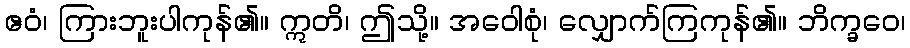
ဧဝံ၊ ကြားဘူးပါကုန်၏။ ဣတိ၊ ဤသို့။ အဝေါစုံ၊ လျှောက်ကြကုန်၏။ ဘိက္ခဝေ၊